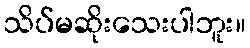
သိပ်မဆိုးသေးပါဘူး။